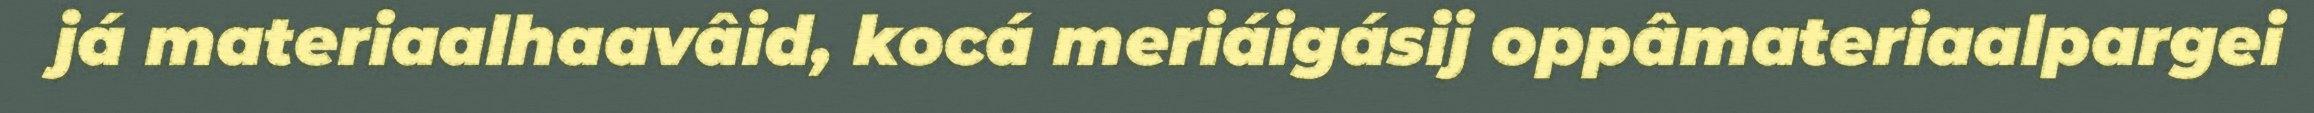
já materiaalhaavâid, kocá meriáigásij oppâmateriaalpargei